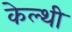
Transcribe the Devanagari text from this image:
केल्थी